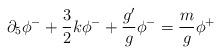
LaTeX: \begin{align*}\partial_5\phi^-+ \frac{3}{2}k \phi^- +\frac{g'}{g}\phi^-=\frac{m}{g}\phi^+\end{align*}